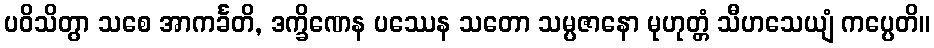
ပဝိသိတွာ သစေ အာကင်္ခတိ, ဒက္ခိဏေန ပဿေန သတော သမ္ပဇာနော မုဟုတ္တံ သီဟသေယျံ ကပ္ပေတိ။